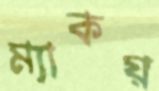
ম্যাকয়